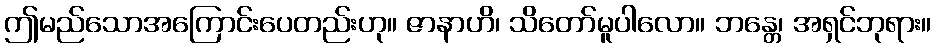
ဤမည်သောအကြောင်းပေတည်းဟု။ ဇာနာဟိ၊ သိတော်မူပါလော။ ဘန္တေ၊ အရှင်ဘုရား။